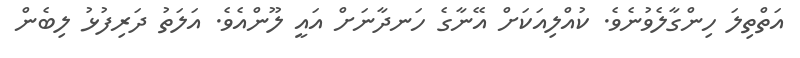
އަތްތިލަ ހިންގާލެވުނެވެ. ކުއްލިއަކަށް އޭނާގެ ހަނދާނަށް އައީ ލޫންއެވެ. އަލަތު ދަރިފުޅު ލިބެން